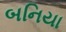
બનિયા